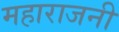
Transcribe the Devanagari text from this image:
महाराजनी